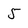
Character: 5